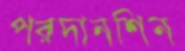
পরদানশিন